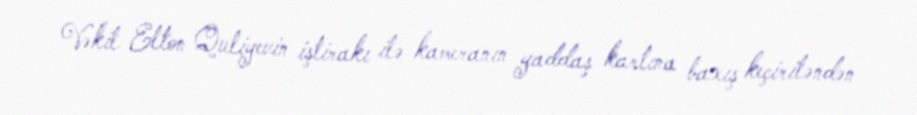
Vəkil Elton Quliyevin iştirakı ilə kameranın yaddaş kartına baxış keçiriləndən